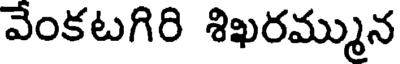
వేంకటగిరి శిఖరమ్మున